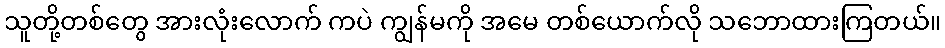
သူတို့တစ်တွေ အားလုံးလောက် ကပဲ ကျွန်မကို အမေ တစ်ယောက်လို သဘောထားကြတယ်။